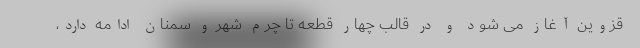
قزوین آغاز می شود و در قالب چهار قطعه تا چرم شهر و سمنان ادامه دارد،